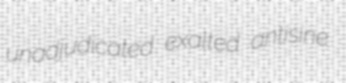
unadjudicated exalted antisine